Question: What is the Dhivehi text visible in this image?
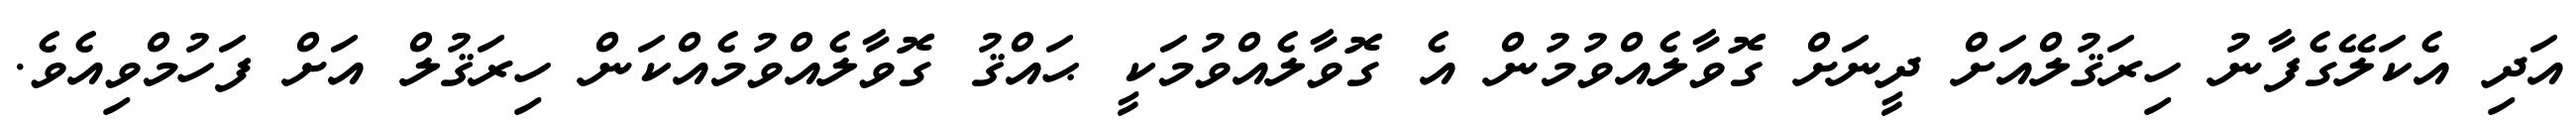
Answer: އަދި އެކަލޭގެފާނު ހިރަޤުލްއަށް ދީނަށް ގޮވާލެއްވުމުން އެ ގޮވާލެއްވުމަކީ ޙައްޤު ގޮވާލެއްވުމެއްކަން ހިރަޤުލް އަށް ފަހުމްވިއެވެ.